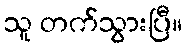
သူ တက်သွားပြီ။